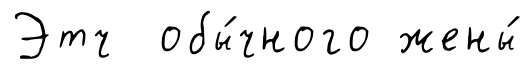
Этч обы́чного жены́